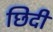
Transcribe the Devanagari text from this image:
छिदी